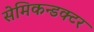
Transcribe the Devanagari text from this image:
सेमिकन्डक्टर